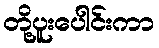
တို့ပူးပေါင်းကာ